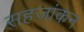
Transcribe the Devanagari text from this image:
सहजांकन